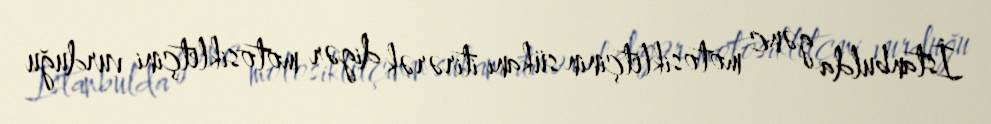
İstanbulda gənc motosikletçinin sükanı itirərək digər motosikletçini vurduğu